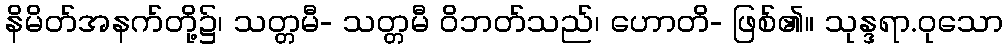
နိမိတ်အနက်တို့၌၊ သတ္တမီ- သတ္တမီ ဝိဘတ်သည်၊ ဟောတိ- ဖြစ်၏။ သုန္ဒရာ.ဝုသော